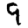
Digit: 9